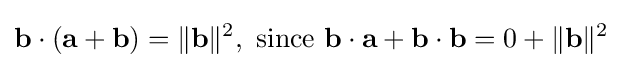
\mathbf {b} \cdot (\mathbf {a} +\mathbf {b} )=\|\mathbf {b} \|^{2},\ {\text{since}}\ \mathbf {b} \cdot \mathbf {a} +\mathbf {b} \cdot \mathbf {b} =0+\|\mathbf {b} \|^{2}